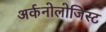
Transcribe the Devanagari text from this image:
अर्कनोलोजिस्ट